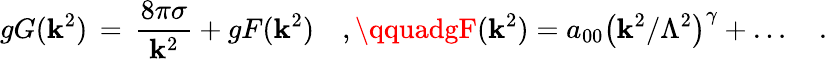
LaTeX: gG(\mathbf{k}^{2})\, =\, {\frac{{8\pi\sigma}}{{\mathbf{k}^{2}}}}+gF(\mathbf{k}^{2})\quad,\qquadgF(\mathbf{k}^{2})=a_{00}\left(\mathbf{k}^{2}/\Lambda^{2}\right)^{\gamma}+\ldots\quad.